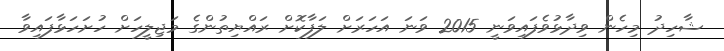
ޝާހިދު މިހެން ވިދާޅުވެފައިވަނީ 2015 ވަނަ އަހަރަށް ލަފާކޮށް ރައްޔިތުންގެ މަޖިލީހަށް ހުށަހަޅާފައިވާ